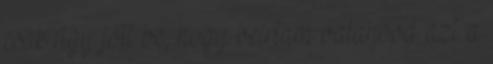
csak úgy jött be, hogy beírtam valahová azt a